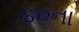
૪૦ના